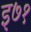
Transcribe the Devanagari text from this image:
इ७१